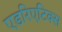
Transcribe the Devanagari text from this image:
एडरिएटिक्स